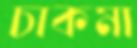
চাকমা